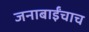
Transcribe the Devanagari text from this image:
जनाबाईंचाच